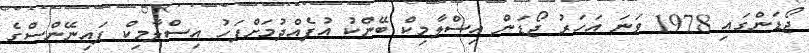
ޖޯޑަންގައި 1978 ވަނަ އަހަރު ޖޯޑަން އިސްލާމިކް ބޭންކު އުފެއްދުމަށްފަހު އިސްލާމިކް ފައިނޭންސްގެ